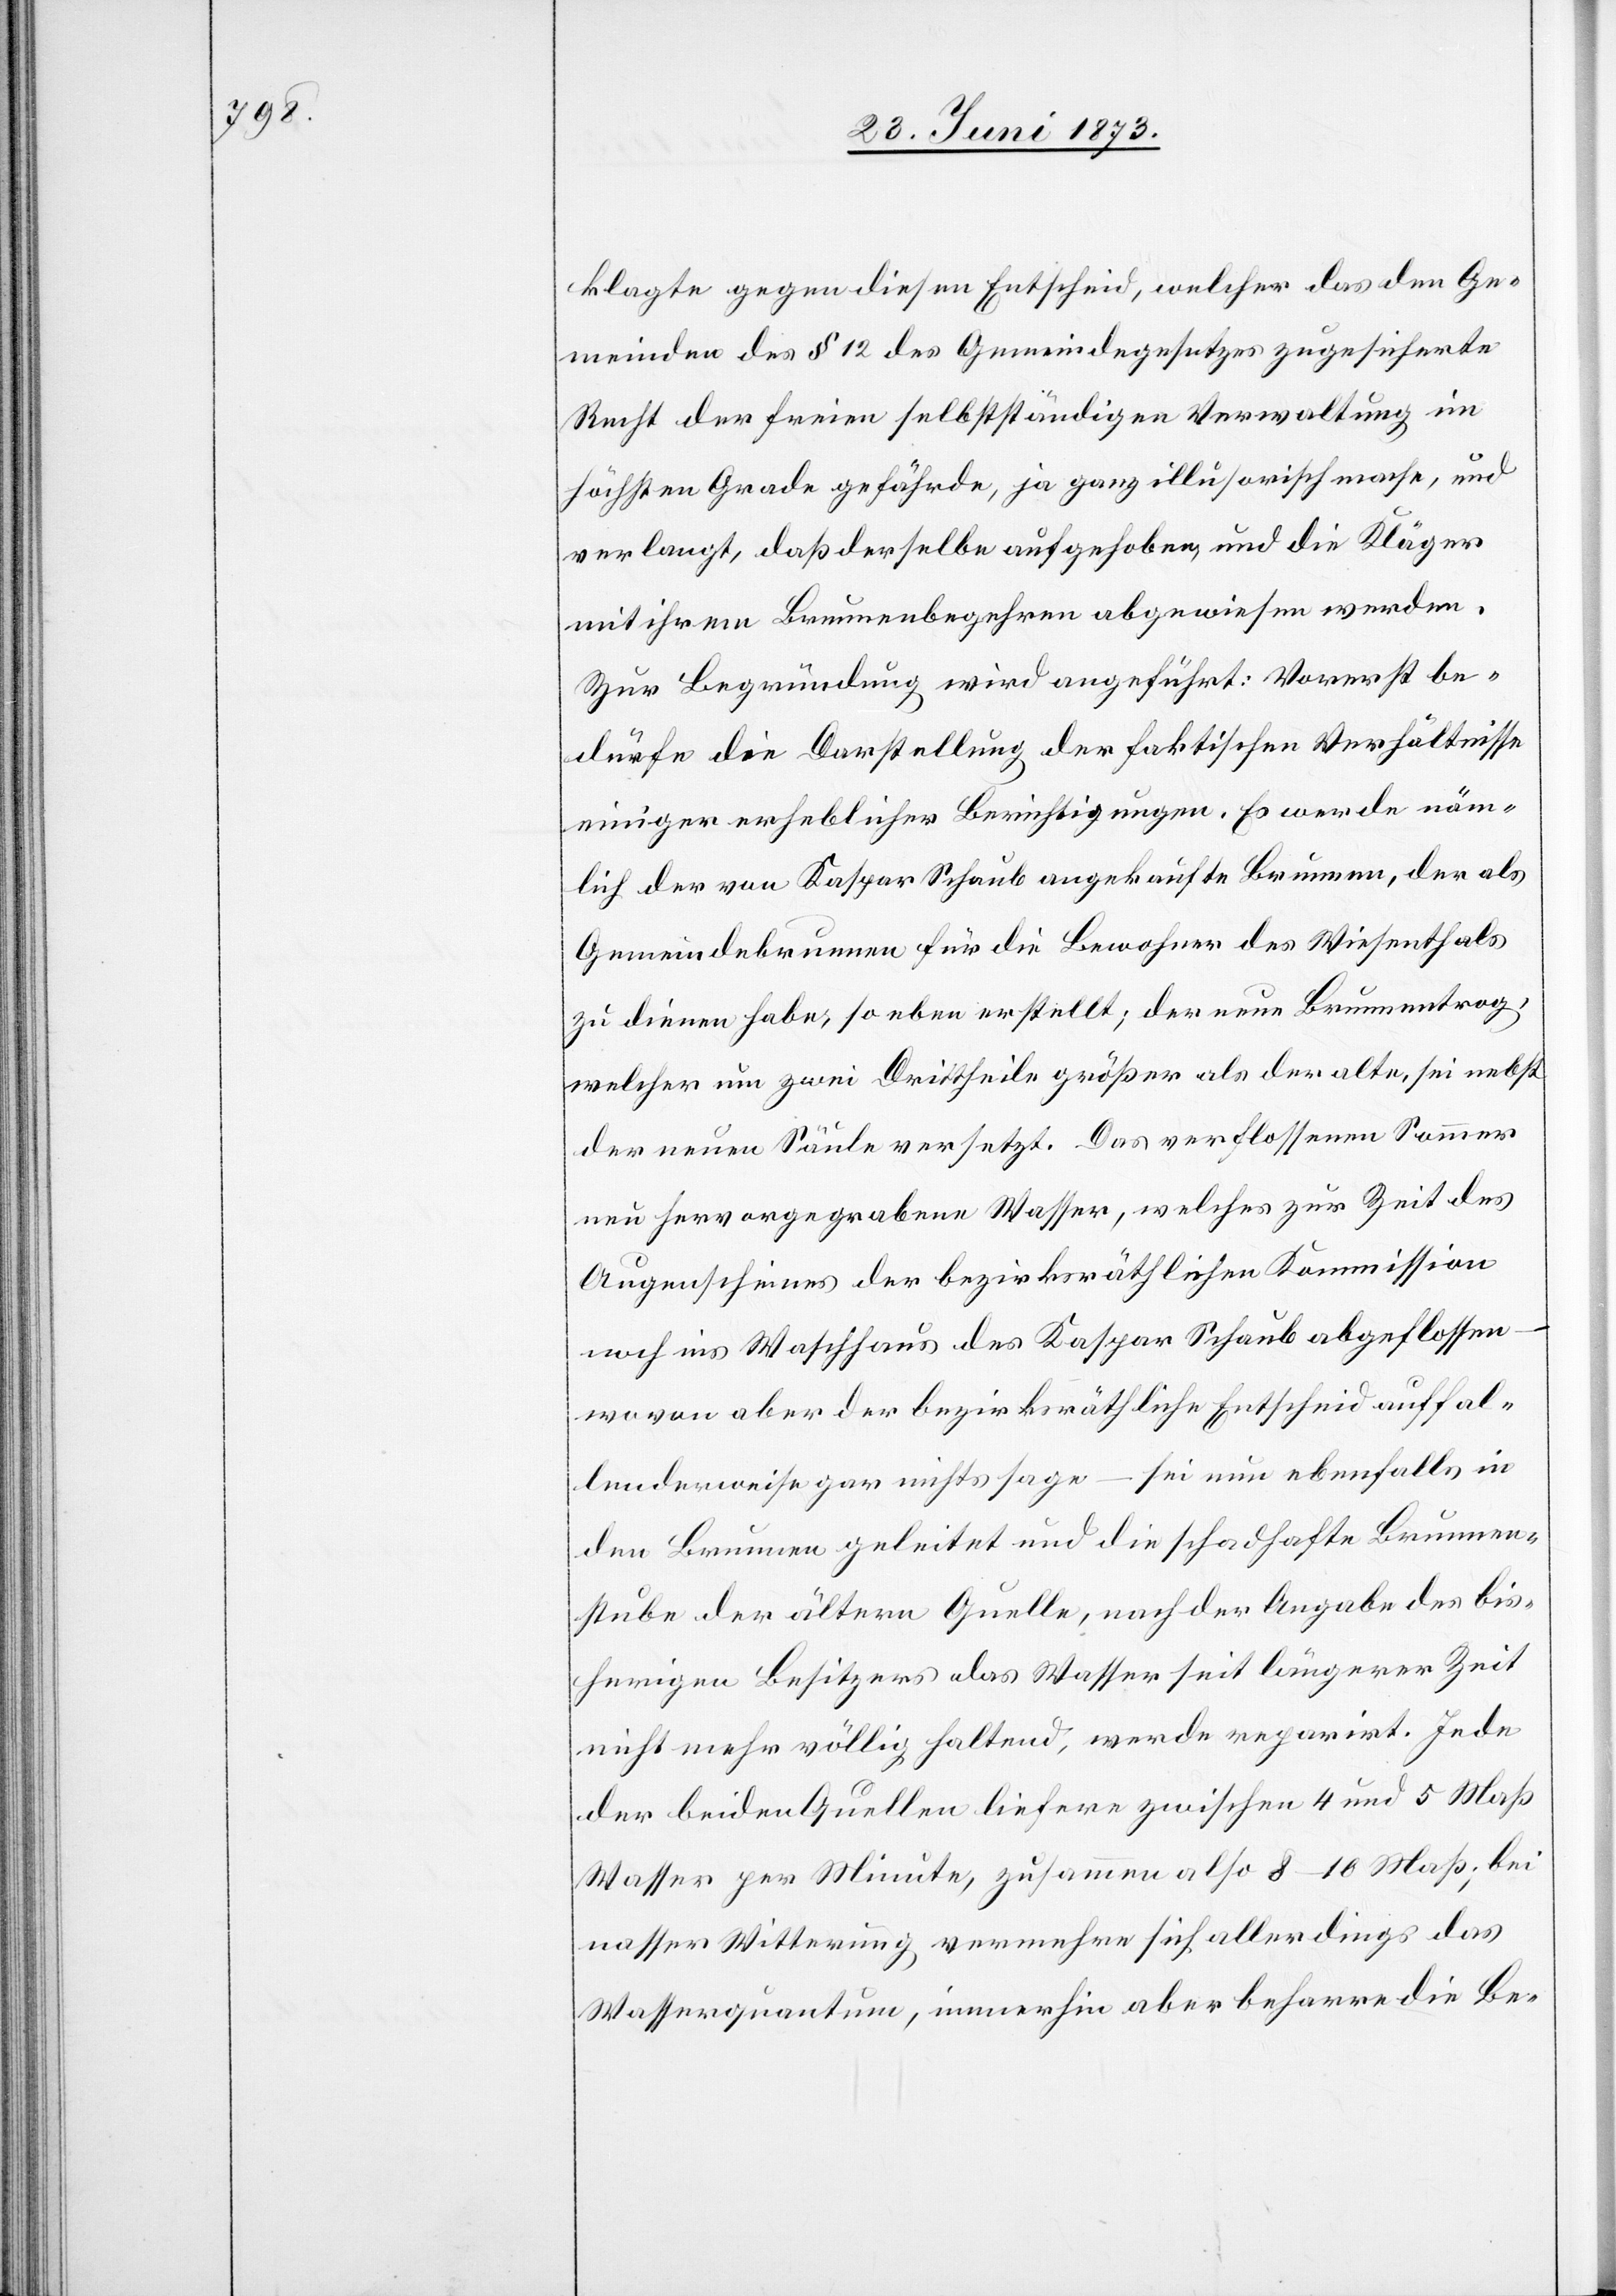
klagte gegen diesen Entscheid, welcher das den Ge¬
meinden des § 12 des Gemeindegesetzes zugesicherte
Recht der freien selbstständigen Verwaltung im
höchsten Grade gefährde, ja ganz illusorisch mache, und
verlangt, daß derselbe aufgehoben, und die Kläger
mit ihrem Brunnenbegehren abgewiesen werden.
Zur Begründung wird angeführt: Vorerst be¬
dürfe die Darstellung der faktischen Verhältnisse
einiger erheblicher Berichtigungen. Es werde näm¬
lich der von Kaspar Schaub angekaufte Brunnen, der als
Gemeindebrunnen für die Bewohner des Wiesenthals
zu dienen habe, so eben erstellt; der neue Brunnentrog,
welcher um zwei Drittheile größer als der alte, sei nebst
der neuen Säule versetzt. Das verflossenen Sommer
neu hervorgegrabene Wasser, welches zur Zeit des
Augenscheines der bezirksräthlichen Kommission
noch ins Waschhaus des Kaspar Schaub abgeflossen
wovon aber der bezirksräthliche Entscheid auffal¬
lenderweise gar nichts sage – sei nun ebenfalls in
den Brunnen geleitet und die schadhafte Brunnen¬
stube der ältern Quelle, nach der Angabe des bis¬
herigen Besitzers das Wasser seit längerer Zeit
nicht mehr völlig haltend, werde reparirt. Jede
der beiden Quellen liefere zwischen 4 und 5 Maß
Wasser per Minute, zusammen also 8–10 Maß; bei
nasser Witterung vermehre sich allerdings das
Wasserquantum, immerhin aber beharre die Be-